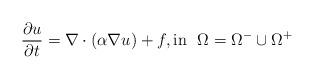
LaTeX: \begin{align*}\frac{\partial u}{\partial t} = \nabla \cdot ( \alpha \nabla u) + f, \mbox{in}~~ \Omega=\Omega^- \cup \Omega^+\end{align*}